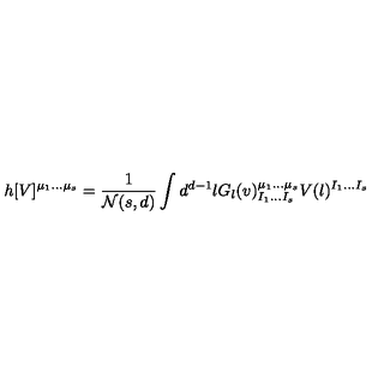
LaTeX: h [ V ] ^ { \mu _ { 1 } \ldots \mu _ { s } } = { \frac { 1 } { { \cal N } ( s , d ) } } \int d ^ { d - 1 } l G _ { l } ( v ) _ { I _ { 1 } \ldots I _ { s } } ^ { \mu _ { 1 } \ldots \mu _ { s } } V ( l ) ^ { I _ { 1 } \ldots I _ { s } }